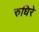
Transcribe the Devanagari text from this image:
रुधिरे